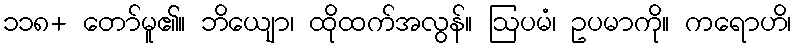
၁၁၈+ တော်မူ၏။ ဘိယျော၊ ထိုထက်အလွန်။ ဩပမံ၊ ဥပမာကို။ ကရောဟိ၊